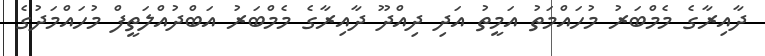
ދާއިރާގެ މެމްބަރު މުހައްމަތު އަމީތު އަދި ދިއްދޫ ދާއިރާގެ މެމްބަރު އަބްދުއްލަތީފް މުހައްމަދުގެ